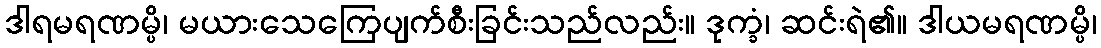
ဒါရမရဏမ္ပိ၊ မယားသေကြေပျက်စီးခြင်းသည်လည်း။ ဒုက္ခံ၊ ဆင်းရဲ၏။ ဒါယမရဏမ္ပိ၊